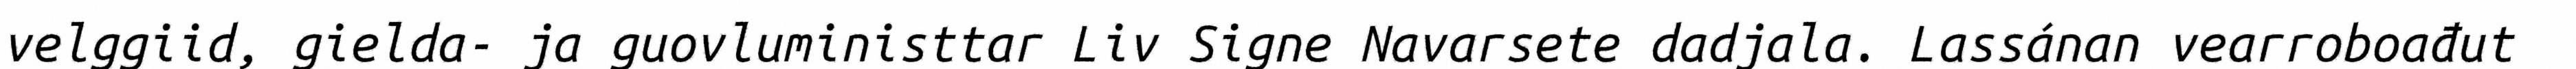
velggiid, gielda- ja guovluministtar Liv Signe Navarsete dadjala. Lassánan vearroboađut